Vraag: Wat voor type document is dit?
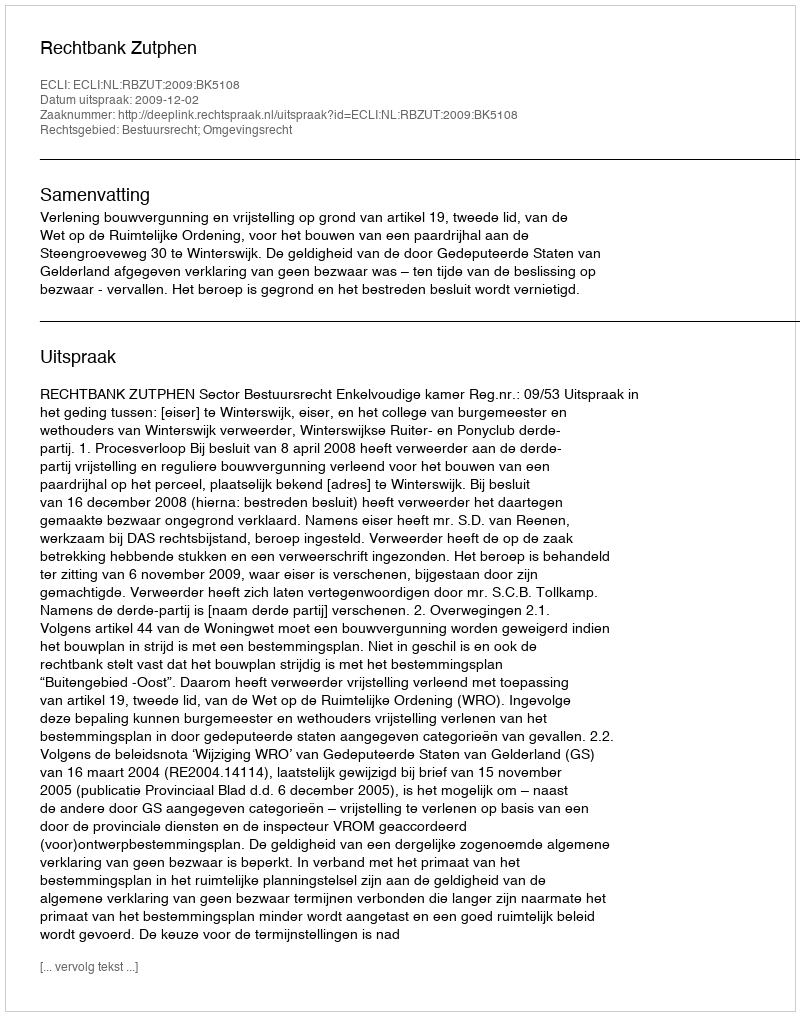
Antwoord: Uitspraak